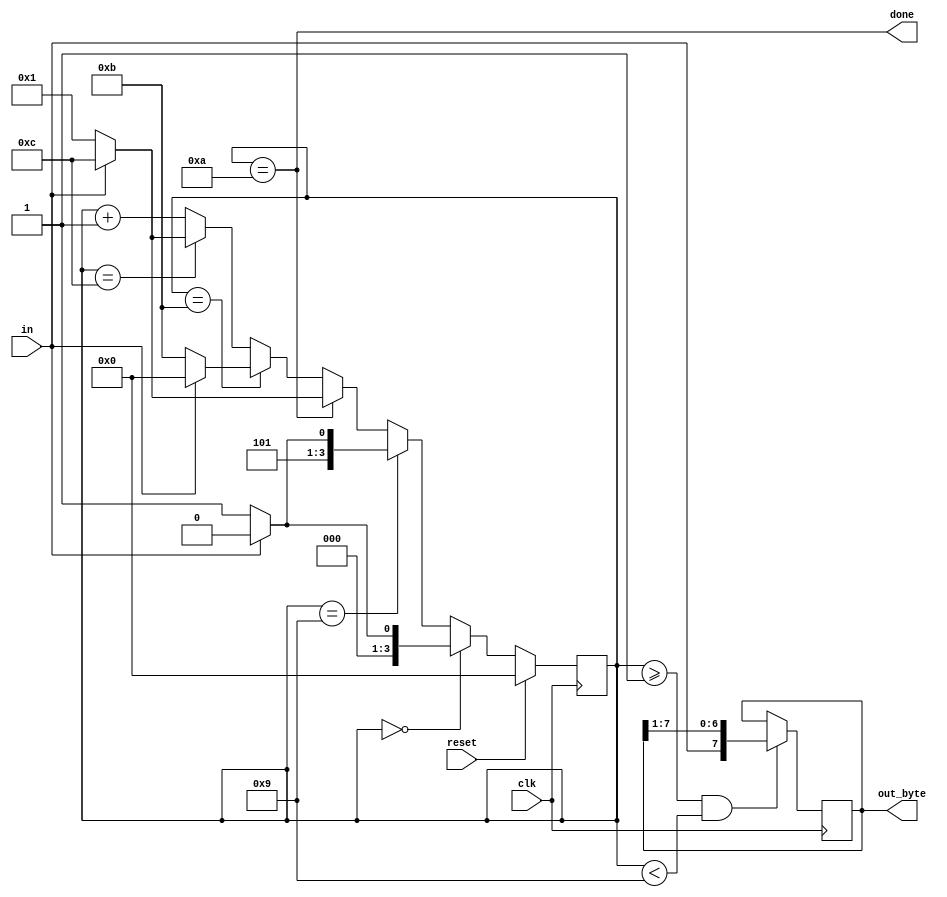
module top_module(
    input clk,
    input in,
    input reset,    // Synchronous reset
    output reg [7:0] out_byte,
    output done
); //

    // Use FSM from Fsm_serial
    localparam idle = 0, start = 1, done_state = 10, stuckat0 = 11, stuckat1 = 12;
    localparam ending = start + 8;
    reg [3:0] state, next_state;
    always @(*) begin
        if(state == idle) next_state = in ? idle : start;
        else if(state==ending) next_state = in ? done_state : stuckat0;
        else if(state==done_state) next_state = in ? stuckat1 : start;
        else if(state==stuckat0) next_state = in ? idle : stuckat0;
        else if(state==stuckat1) next_state = in ? stuckat1 : start;
        else next_state = state + 1;
    end
    always @(posedge clk) begin
        if(reset) state <= 0;
        else state <= next_state;
    end
    assign done = (state == done_state);
    // New: Datapath to latch input bits.
    always @(posedge clk) begin
        if (state >= start & state < ending) out_byte <= {in, out_byte[7:1]};
    end
endmodule